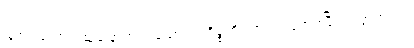
ပြုအပ်သောတဆဲ့ခြောက်ပါးသောမဂ်ကိစ္စကို။ ကတံ၊ ပြုအပ်ပြီ။ ဣတ္ထတ္ထာယ၊